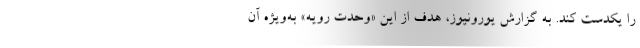
را یکدست کند. به گزارش یورونیوز، هدف از این «وحدت رویه» به‌ویژه آن